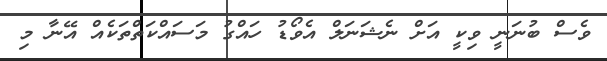
ވެސް ބުނަނީ ވިކީ އަށް ނެޝަނަލް އެވޯޑު ހައްގު މަސައްކަތްތަކެއް އޭނާ މި